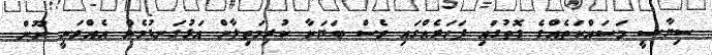
ސިޔާސީ މަސައްކަތެއްގެ ގޮތުގައި ފަހަރެއްގައި ވެސް ބަޔަކާ ކުރިމަތިލާން އަޅުގަނޑުމެން އެއްވަނީ ނޫން